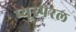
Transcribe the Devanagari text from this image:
प्यूरपेरल